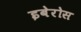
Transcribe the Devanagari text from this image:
इबेरोस